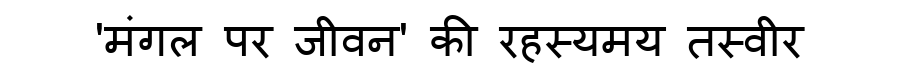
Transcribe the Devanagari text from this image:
'मंगल पर जीवन' की रहस्यमय तस्वीर